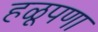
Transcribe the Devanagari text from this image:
हळूपणा